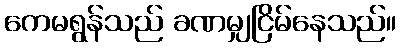
ကေမရွန်သည် ခဏမျှငြိမ်နေသည်။